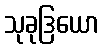
သုခုဒြယော